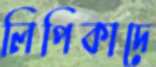
লিপিকাদে